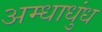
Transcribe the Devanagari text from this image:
अम्धाधुंध